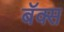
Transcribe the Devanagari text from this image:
बॅक्स